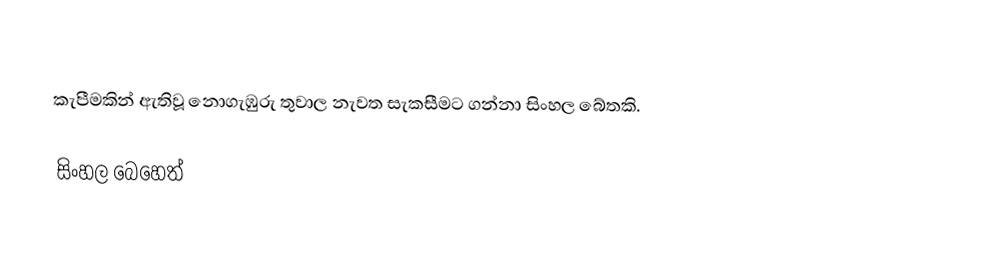
කැපීමකින් ඇතිවූ නොගැඹුරු තුවාල නැවත සැකසීමට ගන්නා සිංහල බේතකි.

සිංහල බෙහෙත්